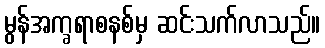
မွန်အက္ခရာစနစ်မှ ဆင်းသက်လာသည်။